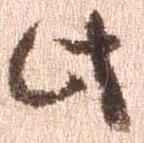
此